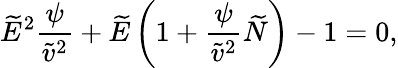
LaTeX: \widetilde{E}^{2}\frac{\psi}{\widetilde{v}^{2}}+\widetilde{E}\left(1+\frac{\psi}{\widetilde{v}^{2}}\widetilde{N}\right)-1=0,